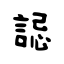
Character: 誋